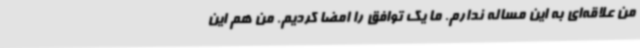
من علاقه‌ای به این مساله ندارم. ما یک توافق را امضا کردیم. من هم این